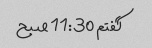
گفتم 11:30 صبح